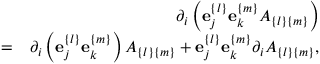
\begin{array} { r l r } & { } & { \partial _ { i } \left( { \bf e } _ { j } ^ { \{ l \} } { \bf e } _ { k } ^ { \{ m \} } A _ { \{ l \} \{ m \} } \right) } \\ & { = } & { \partial _ { i } \left( { \bf e } _ { j } ^ { \{ l \} } { \bf e } _ { k } ^ { \{ m \} } \right) A _ { \{ l \} \{ m \} } + { \bf e } _ { j } ^ { \{ l \} } { \bf e } _ { k } ^ { \{ m \} } \partial _ { i } A _ { \{ l \} \{ m \} } , } \end{array}